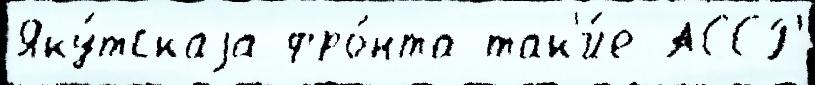
Яку́тскаjа фро́нта так'и́е АССР